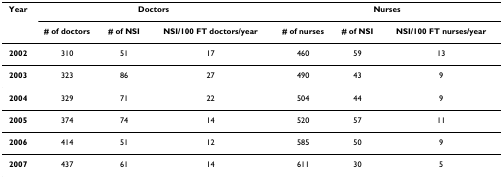
<table><thead><tr><td><b>Year</b></td><td colspan="3"><b>Doctors</b></td><td colspan="3"><b>Nurses</b></td></tr><tr><td></td><td><b># of doctors</b></td><td><b># of NSI</b></td><td><b>NSI/100 FT doctors/year</b></td><td><b># of nurses</b></td><td><b># of NSI</b></td><td><b>NSI/100 FT nurses/year</b></td></tr></thead><tbody><tr><td><b>2002</b></td><td>310</td><td>51</td><td>17</td><td>460</td><td>59</td><td>13</td></tr><tr><td><b>2003</b></td><td>323</td><td>86</td><td>27</td><td>490</td><td>43</td><td>9</td></tr><tr><td><b>2004</b></td><td>329</td><td>71</td><td>22</td><td>504</td><td>44</td><td>9</td></tr><tr><td><b>2005</b></td><td>374</td><td>74</td><td>14</td><td>520</td><td>57</td><td>11</td></tr><tr><td><b>2006</b></td><td>414</td><td>51</td><td>12</td><td>585</td><td>50</td><td>9</td></tr><tr><td><b>2007</b></td><td>437</td><td>61</td><td>14</td><td>611</td><td>30</td><td>5</td></tr></tbody></table>